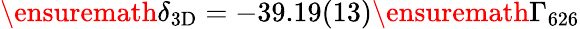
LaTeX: \ensuremath{\delta_{\mathrm{3D}}}=-39.19(13)\ensuremath{\Gamma_{626}}